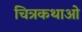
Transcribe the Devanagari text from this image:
चित्रकथाओ